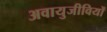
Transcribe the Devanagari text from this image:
अवायुजीवियों